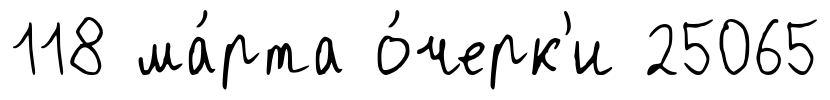
118 ма́рта о́черк'и 25065